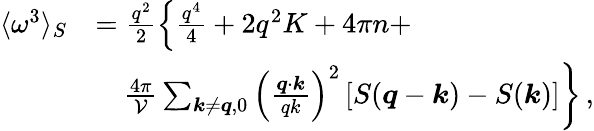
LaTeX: \begin{array}{rl}{\langle\omega^{3}\rangle_{S}}&{=\frac{{q}^{2}}{2}\left\{ \frac{q^{4}}{4}+2q^{2}{K}+4\pi{n}+\right.}\\ &{\quad\left.\frac{4\pi}{\mathcal{V}}\sum_{\boldsymbol{k}\neq\boldsymbol{q},0}\left(\frac{\boldsymbol{q}\cdot\boldsymbol{k}}{qk}\right)^{2}\left[S(\boldsymbol{q}-\boldsymbol{k})-S(\boldsymbol{k})\right]\right\} \, ,}\end{array}